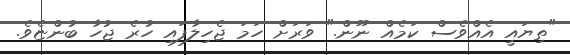
"ތިޔައީ އެއްވެސް ކަމެއް ނޫން." ވަރަށް ހަމަ ޖެހިލާފައި ހުރެ ޖުހާ ބުންޏެވެ.